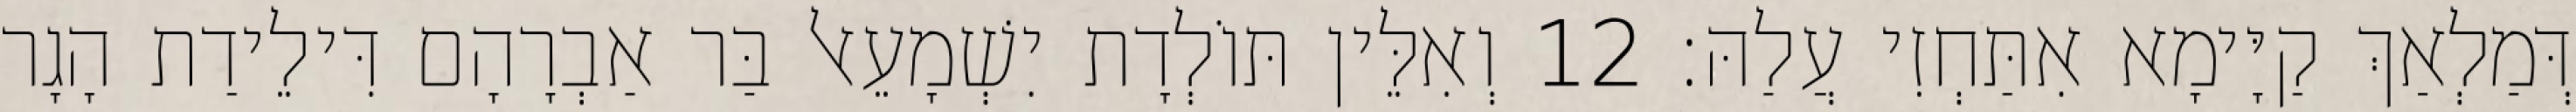
דְּמַלְאַךְ קַיָּימָא אִתַּחְזִי עֲלַהּ׃ 12 וְאִלֵּין תּוֹלְדָת יִשְׁמָעֵאל בַּר אַבְרָהָם דִּילֵידַת הָגָר